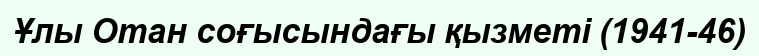
Ұлы Отан соғысындағы қызметі (1941-46)